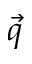
\Vec { q }